system: You are a helpful assistant.
user:
Analyze the provided spectrum to determine if it is a **White Dwarf (WD)**.

A White Dwarf spectrum is defined by its **extreme purity** (due to gravitational settling) and/or **extreme pressure broadening** (due to high surface gravity). You must check for one of the following mutually exclusive signatures:

- **Key Visual Indicators (Check for ONE of these types):**

    - **1. DA-Type Signature (Most Common):**
        - **(Primary Feature):** Extreme pressure broadening (Stark broadening) of the **Hydrogen (H) Balmer lines**.
        - **(Key Lines):** $H\beta$ (approx. $4861$ Å) and $H\gamma$ (approx. $4340$ Å). $H\alpha$ (approx. $6563$ Å) will also be present if the wavelength range covers it.
        - **(Line Profile):** This is the **defining feature**. The lines are **NOT** sharp. They appear as massive, **extremely broad and deep "troughs" or "dips"** in the spectrum, often hundreds of Ångströms wide. The continuum will appear to "scoop" down at these wavelengths.
        - **(Distinction):** Normal A-type or B-type stars have *narrow* and *sharp* Hydrogen lines. A DA White Dwarf's lines are unmistakably "smeared" or "blurry" from pressure.

    - **2. DB-Type Signature:**
        - **(Primary Feature):** Broad absorption lines from **Neutral Helium (He I)**. The spectrum must lack any visible Hydrogen lines.
        - **(Key Lines):** Look for broad absorption near $4471$ Å, $4921$ Å, and $5876$ Å.
        - **(Line Profile):** These lines are also significantly pressure-broadened, appearing much wider than they would in a normal B-type main-sequence star.

    - **3. DC-Type Signature:**
        - **(Primary Feature):** A **featureless continuous spectrum**.
        - **(Line Profile):** The spectrum is a smooth curve with **no significant absorption or emission lines**.
        - **(Key Confirmation):** The continuum is almost always **blue or white**, indicating a hot object. This signature implies the atmosphere is so pure (or so cool) that no spectral lines are visible in the optical range. Its WD identity is confirmed by its extremely low intrinsic brightness (high absolute magnitude).

    - **4. DZ-Type Signature (Metal-Polluted):**
        - **(Primary Feature):** **Isolated, narrow metal absorption lines** on an otherwise featureless (DC-like) continuum.
        - **(Key Lines):** The **Calcium (Ca II) H & K doublet** (approx. **$3934$ Å** and **$3968$ Å**) is the most common and defining feature.
        - **(Line Profile):** These lines are "out of place." They are *not* part of a "forest" of thousands of lines. This signature is evidence of recent *accretion* (pollution) from rocky debris.
        - **(Distinction):** Normal G/K/M stars have a *dense forest* of thousands of metal lines. A DZ has a *clean* continuum with *only a few* strong metal lines.

    - **5. DQ-Type Signature (Carbon-Polluted):**
        - **(Primary Feature):** Absorption bands from **Carbon (C₂ "Swan Bands" or atomic C I)**.
        - **(Key Lines - C₂):** Look for bandheads with a "saw-tooth" shape near $5635$ Å, **$5165$ Å** (strongest), and $4737$ Å.
        - **(Key Confirmation):** The underlying **continuum must be blue or white** (hot).
        - **(Distinction):** This is the critical difference from a **Carbon Star**, which has the *exact same* C₂ bands but on an extremely **red, cool** continuum.

- **(Overall Spectrum):**
    - The continuum (overall shape) is typically **blue-sloping** (brighter in the blue than the red), as most white dwarfs are very hot.
    - The spectrum will look "pure" or "simple," dominated by only *one* of the five signatures listed above.

Think first, call **spectral_visualization_tool** if needed to examine features in detail, then provide your final answer. Your response must adhere to the following strict rules:
1.  **Overall Structure:** Your response must follow the format `<think>...</think> <tool_call>...</tool_call> (if a tool is used) <answer>...</answer>`.
2.  **Tool Usage Constraint:** You may only make **one** tool call per turn.
3.  **Final Answer Format:** In the `<answer>` tag, your conclusion must be inside a `\boxed{}` command (e.g., `\boxed{YES}` or `\boxed{NO}`), followed by your justification.

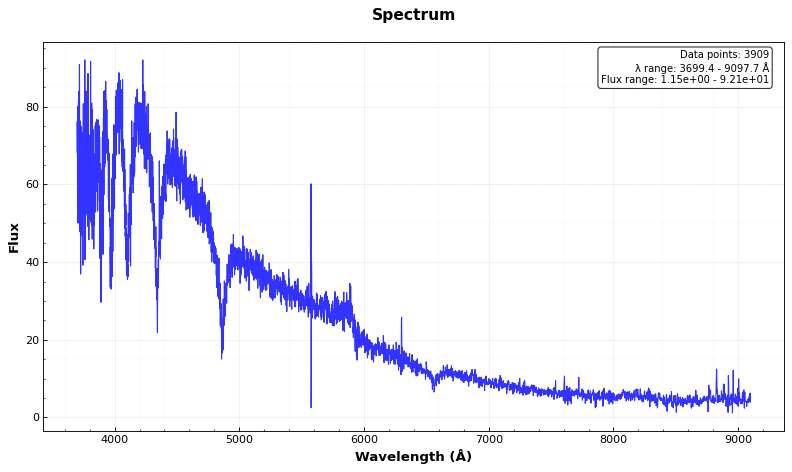
Answer: YES